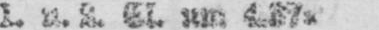
1. u. 2. Cl. um 4.37a